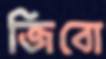
জিবো